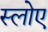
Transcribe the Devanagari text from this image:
स्लोए